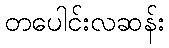
တပေါင်းလဆန်း